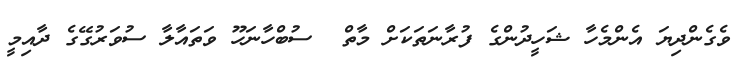
ވެގެންދިޔަ އެންމެހާ ޝަހީދުންގެ ފުރާނަތަކަށް މާތް  ސުބްހާނަހޫ ވަތައާލާ ސުވަރުގޭގެ ދާއިމީ